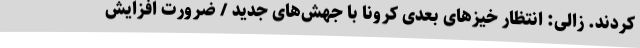
کردند. زالی: انتظار خیزهای بعدی کرونا با جهش‌های جدید / ضرورت افزایش